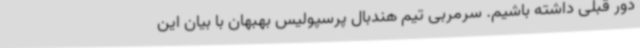
دور قبلی داشته باشیم. سرمربی تیم هندبال پرسپولیس بهبهان با بیان این‌